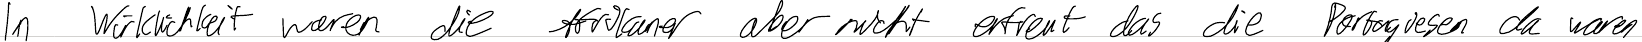
In Wirklichkeit waren die Afrikaner aber nicht erfreut das die Portugiesen da waren